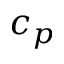
c _ { p }